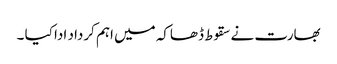
بھارت نے سقوط ڈھاکہ میں اہم کرداد ادا کیا ۔